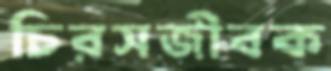
চিরসজীবক